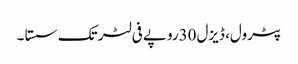
﻿ پٹرول، ڈیزل30روپے فی لٹر تک سستا ۔